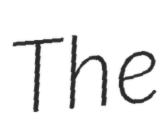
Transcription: The